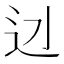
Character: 𨑎